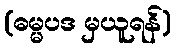
(ဓမ္မပဒ မှယူရန်)